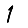
Digit: 1